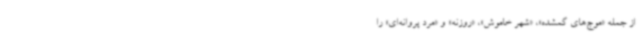
از جمله «موج‌های گمشده»، «شهر خاموش»، «روزنه» و «مرد پروانه‌ای» را